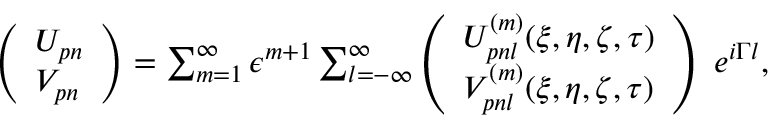
\begin{array} { r } { \left( \begin{array} { l } { U _ { p n } } \\ { V _ { p n } } \end{array} \right) = \sum _ { m = 1 } ^ { \infty } \epsilon ^ { m + 1 } \sum _ { l = - \infty } ^ { \infty } \left( \begin{array} { l } { U _ { p n l } ^ { ( m ) } ( \xi , \eta , \zeta , \tau ) } \\ { V _ { p n l } ^ { ( m ) } ( \xi , \eta , \zeta , \tau ) } \end{array} \right) ~ e ^ { i \Gamma l } , } \end{array}